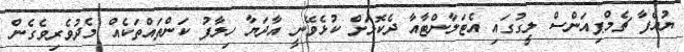
ޔުއެފާ ޗެމްޕިއަންސް ލީގުގައި އެޓަލާންޓާއާ ދެކޮޅަށް ކުޅެވޭނީ އާދަޔާ ހިލާފު ކަންތައްތަކެއް މެދުވެރިވެގެން